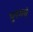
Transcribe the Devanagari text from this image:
पुरमचे